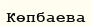
Көпбаева